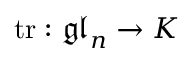
\operatorname { t r } : { \mathfrak { g l } } _ { n } \to K